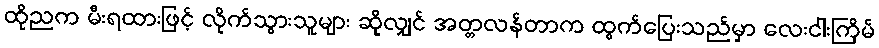
ထိုညက မီးရထားဖြင့် လိုက်သွားသူများ ဆိုလျှင် အတ္တလန်တာက ထွက်ပြေးသည်မှာ လေးငါးကြိမ်